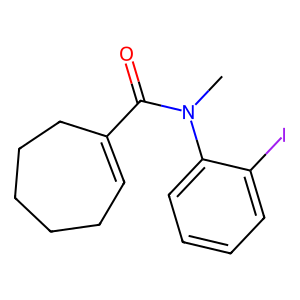
SMILES: CN(C(=O)C1=CCCCCC1)c1ccccc1I
Inhibits HIV replication: No